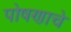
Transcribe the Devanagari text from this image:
पोषणाचे